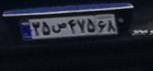
۲۵ص۴۷۵۶۸